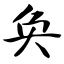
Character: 奂